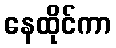
နေထိုင်ကာ